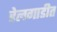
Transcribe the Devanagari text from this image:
रेलगाडीत